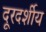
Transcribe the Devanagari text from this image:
दूरदर्शीय